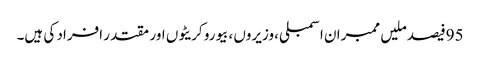
95فیصد ملیں ممبران اسمبلی ،وزیروں ،بیورو کریٹوں اور مقتدر افراد کی ہیں۔